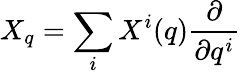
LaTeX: X_{q}=\sum_{i}X^{i}(q){\frac{\partial}{\partial q^{i}}}